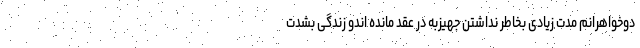
دوخواهرانم مدت زیادی بخاطر نداشتن جهیزبه در عقد مانده اندو زندگی بشدت